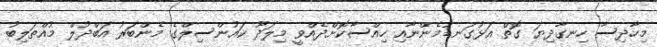
މިހާދިސާ ހިނގާދިޔަ ގޮތް އަޅުގަނޑުމެންނާއި ހިއްސާކޮށްދެއްވީ މިލަދޫ ކައުންސިލްގެ މެންބަރު އަބްދުލް މުއްޠަލިބު